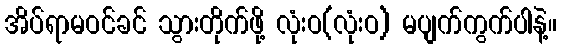
အိပ်ရာမဝင်ခင် သွားတိုက်ဖို့ လုံးဝ(လုံးဝ) မပျက်ကွက်ပါနဲ့။